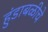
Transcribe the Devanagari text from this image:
हुंडाबळीचे